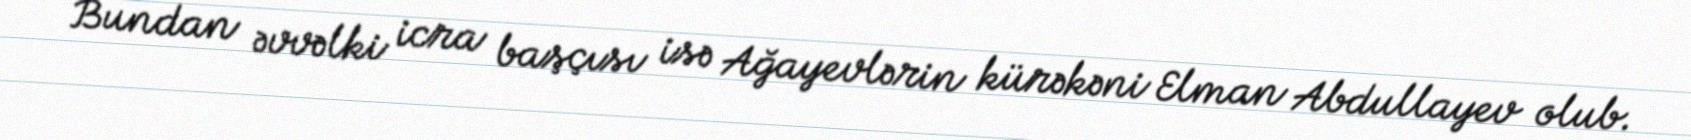
Bundan əvvəlki icra başçısı isə Ağayevlərin kürəkəni Elman Abdullayev olub.